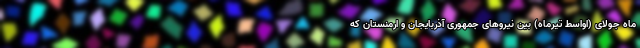
ماه جولای (اواسط تیرماه) بین نیروهای جمهوری آذربایجان و ارمنستان که